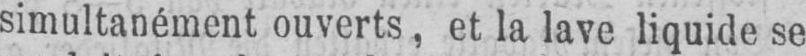
simultanément ouverts, et la lave liquide se